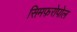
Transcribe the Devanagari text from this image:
सिमफ़रोपोल